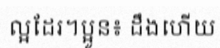
ល្អដែរ។ប្អូន៖ ដឹងហើយ